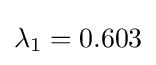
\lambda _{1}=0.603